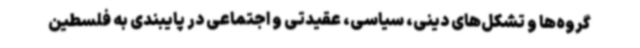
گروه‌ها و تشکل‌های دینی، سیاسی، عقیدتی و اجتماعی در پایبندی به فلسطین